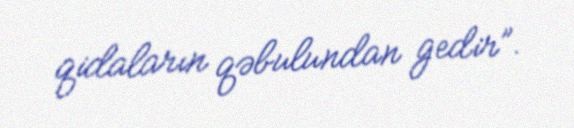
qidaların qəbulundan gedir”.